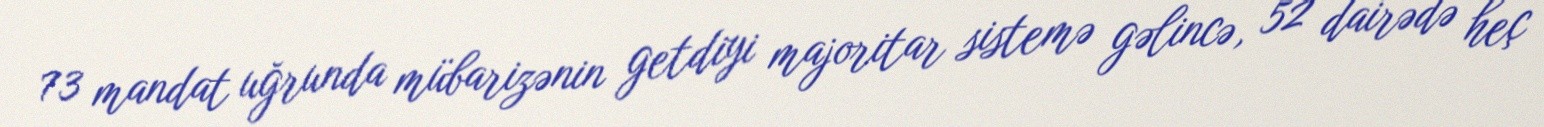
73 mandat uğrunda mübarizənin getdiyi majoritar sistemə gəlincə, 52 dairədə heç